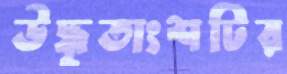
উদ্ধৃতাংশটির